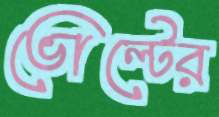
ভোল্টের